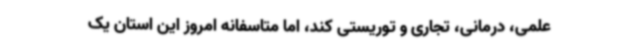
علمی، درمانی، تجاری و توریستی کند، اما متاسفانه امروز این استان یک